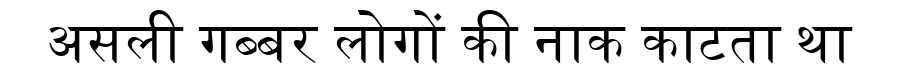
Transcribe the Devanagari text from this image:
असली गब्बर लोगों की नाक काटता था